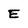
Character: E